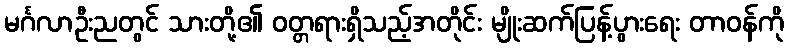
မင်္ဂလာဦးညတွင် သားတို့၏ ဝတ္တရားရှိသည့်အတိုင်း မျိုးဆက်ပြန့်ပွားရေး တာဝန်ကို